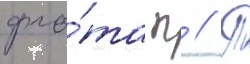
фло́та п // П